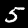
Label: 5